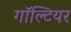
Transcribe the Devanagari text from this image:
गॉल्टियर